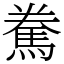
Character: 駦